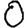
Digit: 0